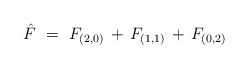
LaTeX: \begin{align*}{\hat F} ~=~F_{(2,0)} \, + \, F_{(1,1)} \, + \, F_{(0,2)}\end{align*}